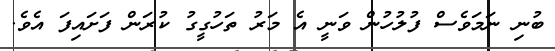
ބުނި ނަމަވެސް ފުލުހުން ވަނީ އެ މަރު ތަހުގީގު ކުރަން ފަށައިފަ އެވެ.